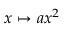
x \mapsto a x ^ { 2 }